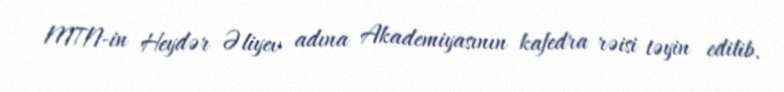
MTN-in Heydər Əliyev adına Akademiyasının kafedra rəisi təyin edilib.